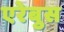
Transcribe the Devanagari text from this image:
एरेबुस